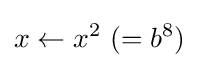
x\leftarrow x^{2}{\text{ }}(=b^{8})